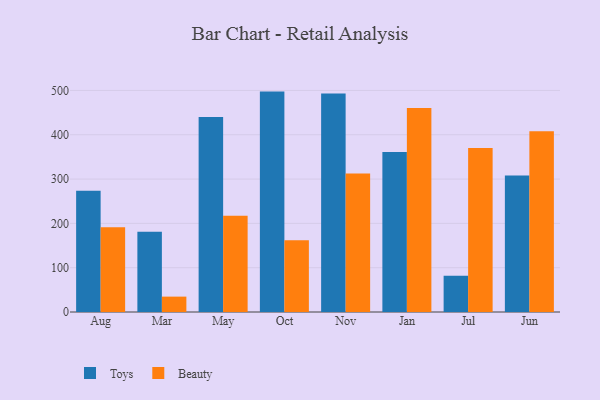
{"axis": {"x": "Month", "y": "Population (Million)"}, "legend": ["Beauty", "Toys"], "data": [{"x": "Aug", "y": 273.8, "type": "Toys"}, {"x": "Aug", "y": 191.5, "type": "Beauty"}, {"x": "Mar", "y": 181.0, "type": "Toys"}, {"x": "Mar", "y": 34.7, "type": "Beauty"}, {"x": "May", "y": 440.3, "type": "Toys"}, {"x": "May", "y": 217.3, "type": "Beauty"}, {"x": "Oct", "y": 497.4, "type": "Toys"}, {"x": "Oct", "y": 162.0, "type": "Beauty"}, {"x": "Nov", "y": 492.9, "type": "Toys"}, {"x": "Nov", "y": 312.8, "type": "Beauty"}, {"x": "Jan", "y": 361.3, "type": "Toys"}, {"x": "Jan", "y": 460.5, "type": "Beauty"}, {"x": "Jul", "y": 81.9, "type": "Toys"}, {"x": "Jul", "y": 369.9, "type": "Beauty"}, {"x": "Jun", "y": 307.8, "type": "Toys"}, {"x": "Jun", "y": 408.1, "type": "Beauty"}]}